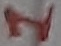
Text: 1